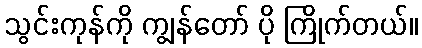
သွင်းကုန်ကို ကျွန်တော် ပို ကြိုက်တယ်။